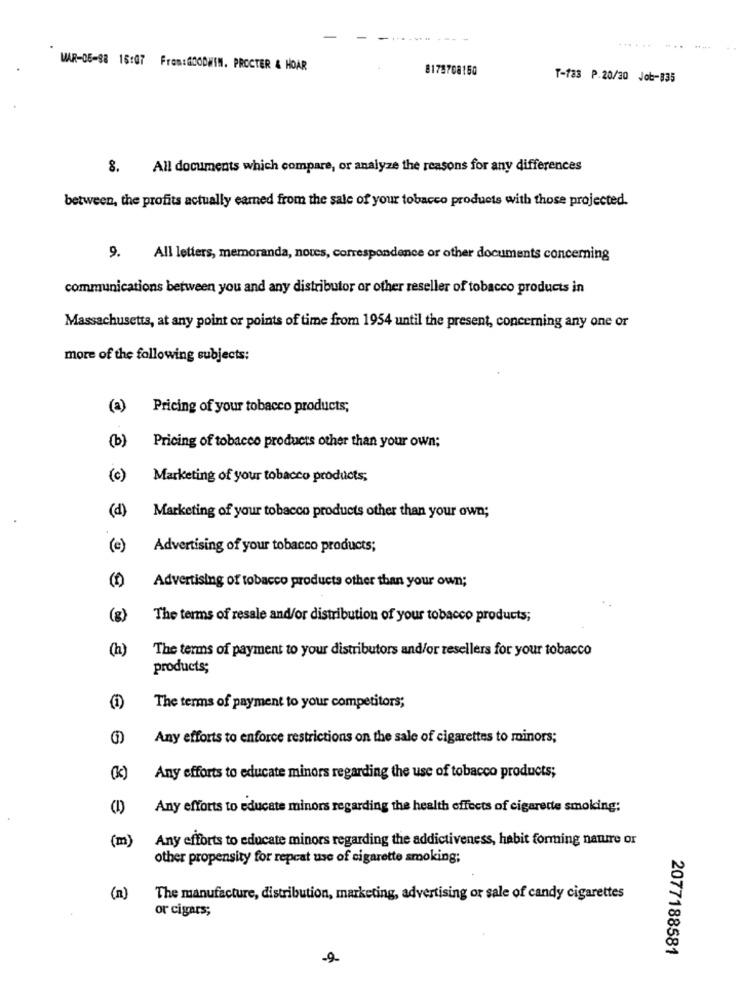
.........
WAR-05-88 16:07 From:GOODWIN. PROCTER & HOAR
8175708150
T-783 P.20/30 Job-835
8. All documents which compare, or analyze the reasons for any differences
between, the profits actually earned from the sale of your tobacco products with those projected.
9.
All letters, memoranda, notes, correspondence or other documents concerning
communications between you and any distributor or other reseller of tobacco products in
Massachusetts, at any point or points of time from 1954 until the present, concerning any one or
more of the following subjects:
(a)
Pricing of your tobacco products;
(b)
Pricing of tobacco products other than your own;
(c)
Marketing of your tobacco products;
(d)
Marketing of your tobacco products other than your own;
(e)
Advertising of your tobacco products;
Advertising of tobacco products other than your own;
(8)
The terms of resale and/or distribution of your tobacco products;
(h)
The terms of payment to your distributors and/or resellers for your tobacco
products;
The terms of payment to your competitors;
Any efforts to enforce restrictions on the sale of cigarettes to minors;
(k)
Any efforts to educate minors regarding the use of tobacco products;
Any efforts to educate minors regarding the health effects of cigarette smoking;
(m)
Any efforts to educate minors regarding the addictiveness, habit forming nature or
other propensity for repcat use of cigarette smoking;
The manufacture, distribution, marketing, advertising or sale of candy cigarettes
or cigars;
2077188581